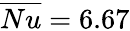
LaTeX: \overline{{Nu}}=6.67